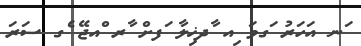
ަނ އަހަރު ަގވަ ިއ ާދޚިލާ ަފށް ާރ ްއޖޭ ެގ ސަރަ